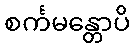
စင်္ကမန္တောပိ